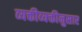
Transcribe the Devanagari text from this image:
व्यक्तीव्यक्तीनुसार